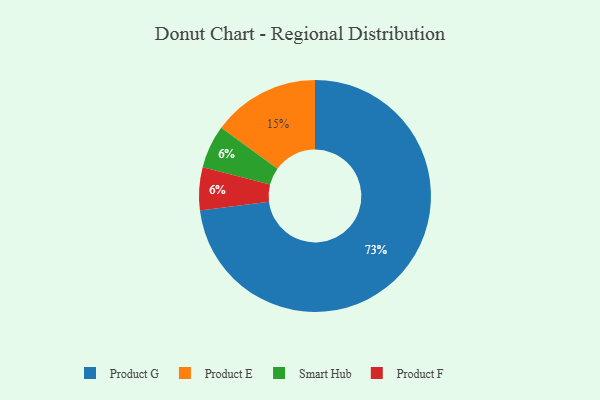
{"axis": {"x": "Category", "y": "Percentage"}, "legend": ["Product E", "Product F", "Product G", "Smart Hub"], "data": [{"x": "Product G", "y": 73, "type": "Product G"}, {"x": "Product E", "y": 15, "type": "Product E"}, {"x": "Smart Hub", "y": 6, "type": "Smart Hub"}, {"x": "Product F", "y": 6, "type": "Product F"}]}